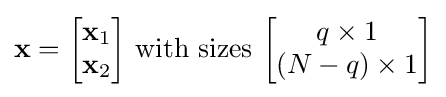
\mathbf {x} ={\begin{bmatrix}\mathbf {x} _{1}\\\mathbf {x} _{2}\end{bmatrix}}{\text{ with sizes }}{\begin{bmatrix}q\times 1\\(N-q)\times 1\end{bmatrix}}